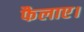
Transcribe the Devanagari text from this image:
फैलाए।